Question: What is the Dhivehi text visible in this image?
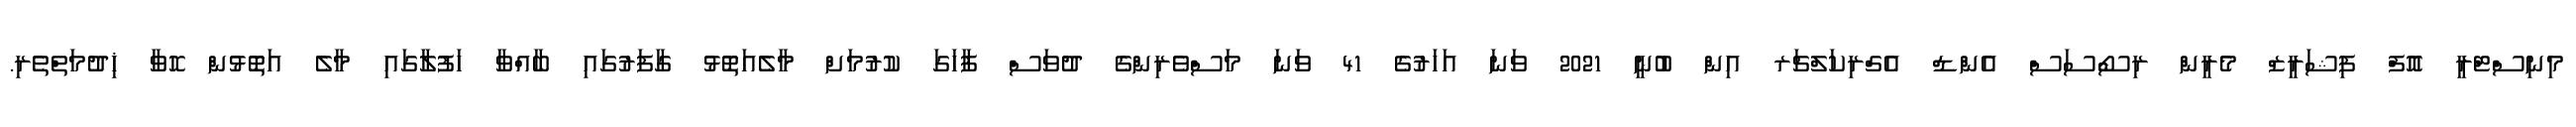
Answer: މިނިސްޓްރީ އޮފް ފިޝަރީޒް މެރީން ރިސޯސަސް އެންޑް އެގްރިކަލްޗަރ އިން ބުނީ 2021 ވަނަ އަހަރުގެ 41 ވަނަ މަސްވެރިންގެ ދުވަސް ފާހަގަ ކުރުމަށް މާލެއަތޮޅު ގާފަރުގައި ބާއްވާ ހަފުލާގައި މާލެ އަތޮޅުން ހޮވާ ޚިދުމަތްތެރި.